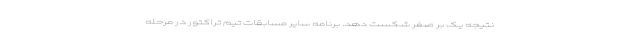
نتیجه یک بر صفر شکست دهد. برنامه سایر مسابقات تیم تراکتور در مرحله